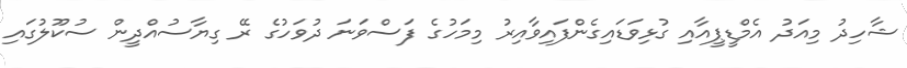
ޝާހިދު މިއަދު އެމްޑީޕީއާއި ގުޅިވަޑައިގެންފައިވާއިރު މިމަހުގެ ފަސްވަަނަ ދުވަހުގެ ރޭ ގިޔާސުއްދީން ސުކޫލުގައި